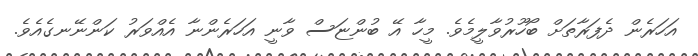
އަހަރެން ދެފަރާތަށް ބޯހޫރުވާލީމެވެ. މީހާ އޭ ބުންޏަސް ވާނީ އަހަރެންނާ އެއްވަރު ކަންނޭނގެއެވެ.